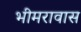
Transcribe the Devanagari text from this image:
भीमरावास